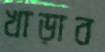
খাড়াব